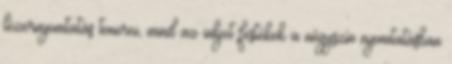
lézernyomtatás tonerei, mind az inkjet festékek a négyszín nyomtatásban